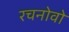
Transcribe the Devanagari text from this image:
रचनोवो